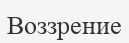
Воззрение